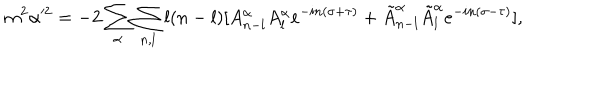
m ^ { 2 } \alpha ^ { 2 } = - 2 \sum _ { \alpha } \sum _ { n , l } l ( n - l ) [ A _ { n - l } ^ { \alpha } A _ { l } ^ { \alpha } e ^ { - i n ( \sigma + \tau ) } + \tilde { A } _ { n - l } ^ { \alpha } \tilde { A } _ { l } ^ { \alpha } e ^ { - i n ( \sigma - \tau ) } ] ,